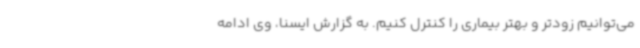
می‌توانیم زودتر و بهتر بیماری را کنترل کنیم. به گزارش ایسنا، وی ادامه